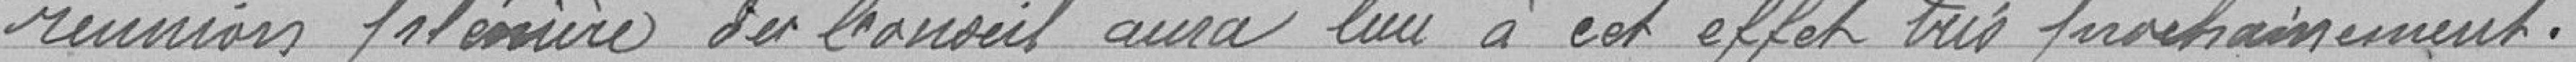
réunion plénière du conseil aura lieu à cet effet très prochainement.